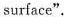
surface".